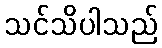
သင်သိပါသည်